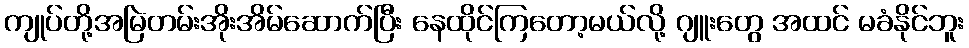
ကျုပ်တို့အမြဲတမ်းအိုးအိမ်ဆောက်ပြီး နေထိုင်ကြတော့မယ်လို့ ဂျူးတွေ အထင် မခံနိုင်ဘူး